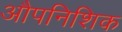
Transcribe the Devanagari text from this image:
औपनिशिक